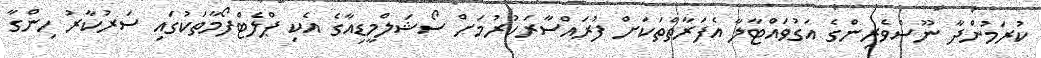
ކުރަމުންދާ ނޫސްވެރިންގެ އަގުވައްޓާލާ އެފަރާތްތަކަށް ފުރައްސާރަކުރުމަށް ސޯޝަލްމީޑިއާގެ އެކި ޕްލެޓްފޯމާތަކުގައި ސަރުކާރު ހިންގާ